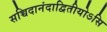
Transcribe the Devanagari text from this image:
सच्चिदानंदाद्वितीयोऽसि